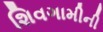
શિવગામીની